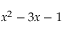
x ^ { 2 } - 3 x - 1